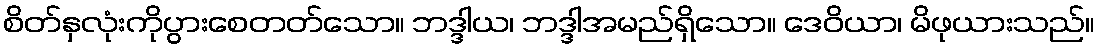
စိတ်နှလုံးကိုပွားစေတတ်သော။ ဘဒ္ဒါယ၊ ဘဒ္ဒါအမည်ရှိသော။ ဒေဝိယာ၊ မိဖုယားသည်။